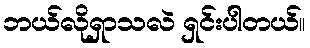
ဘယ်လိုရှာသလဲ ရှင်းပါတယ်။